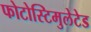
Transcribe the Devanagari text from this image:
फोटोस्टिमुलेटेड